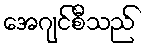
အေဂျင်စီသည်